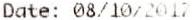
DATE: 08/10/2017